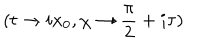
( t \rightarrow i x _ { 0 } , \chi \rightarrow \frac { \pi } { 2 } + i \tau )